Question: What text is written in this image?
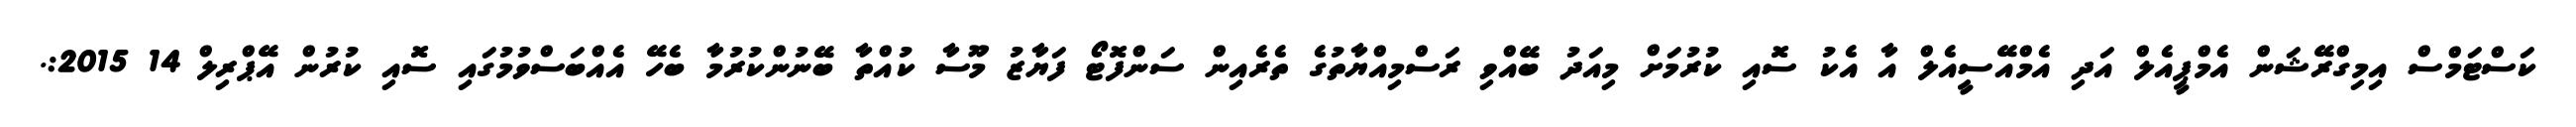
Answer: ކަސްޓަމްސް އިމިގްރޭޝަން އެމްޕީއެލް އަދި އެމްއޭސީއެލް އާ އެކު ސޮއި ކުރުމަށް މިއަދު ބޭއްވި ރަސްމިއްޔާތުގެ ތެރެއިން ސަންފޮޓޯ ފަޔާޒު މޫސާ ކުއްތާ ބޭނުންކުރުމާ ބެހޭ އެއްބަސްވުމުގައި ސޮއި ކުރުން އޭޕްރިލް 14 2015:.